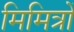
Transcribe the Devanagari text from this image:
मिमित्रों